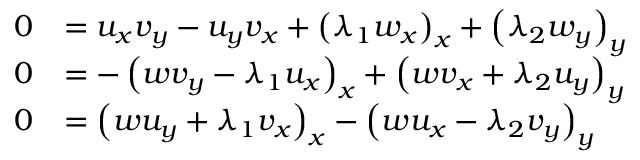
\begin{array} { r l } { 0 } & { = u _ { x } v _ { y } - u _ { y } v _ { x } + \left( \lambda _ { 1 } w _ { x } \right) _ { x } + \left( \lambda _ { 2 } w _ { y } \right) _ { y } } \\ { 0 } & { = - \left( w v _ { y } - \lambda _ { 1 } u _ { x } \right) _ { x } + \left( w v _ { x } + \lambda _ { 2 } u _ { y } \right) _ { y } } \\ { 0 } & { = \left( w u _ { y } + \lambda _ { 1 } v _ { x } \right) _ { x } - \left( w u _ { x } - \lambda _ { 2 } v _ { y } \right) _ { y } } \end{array}